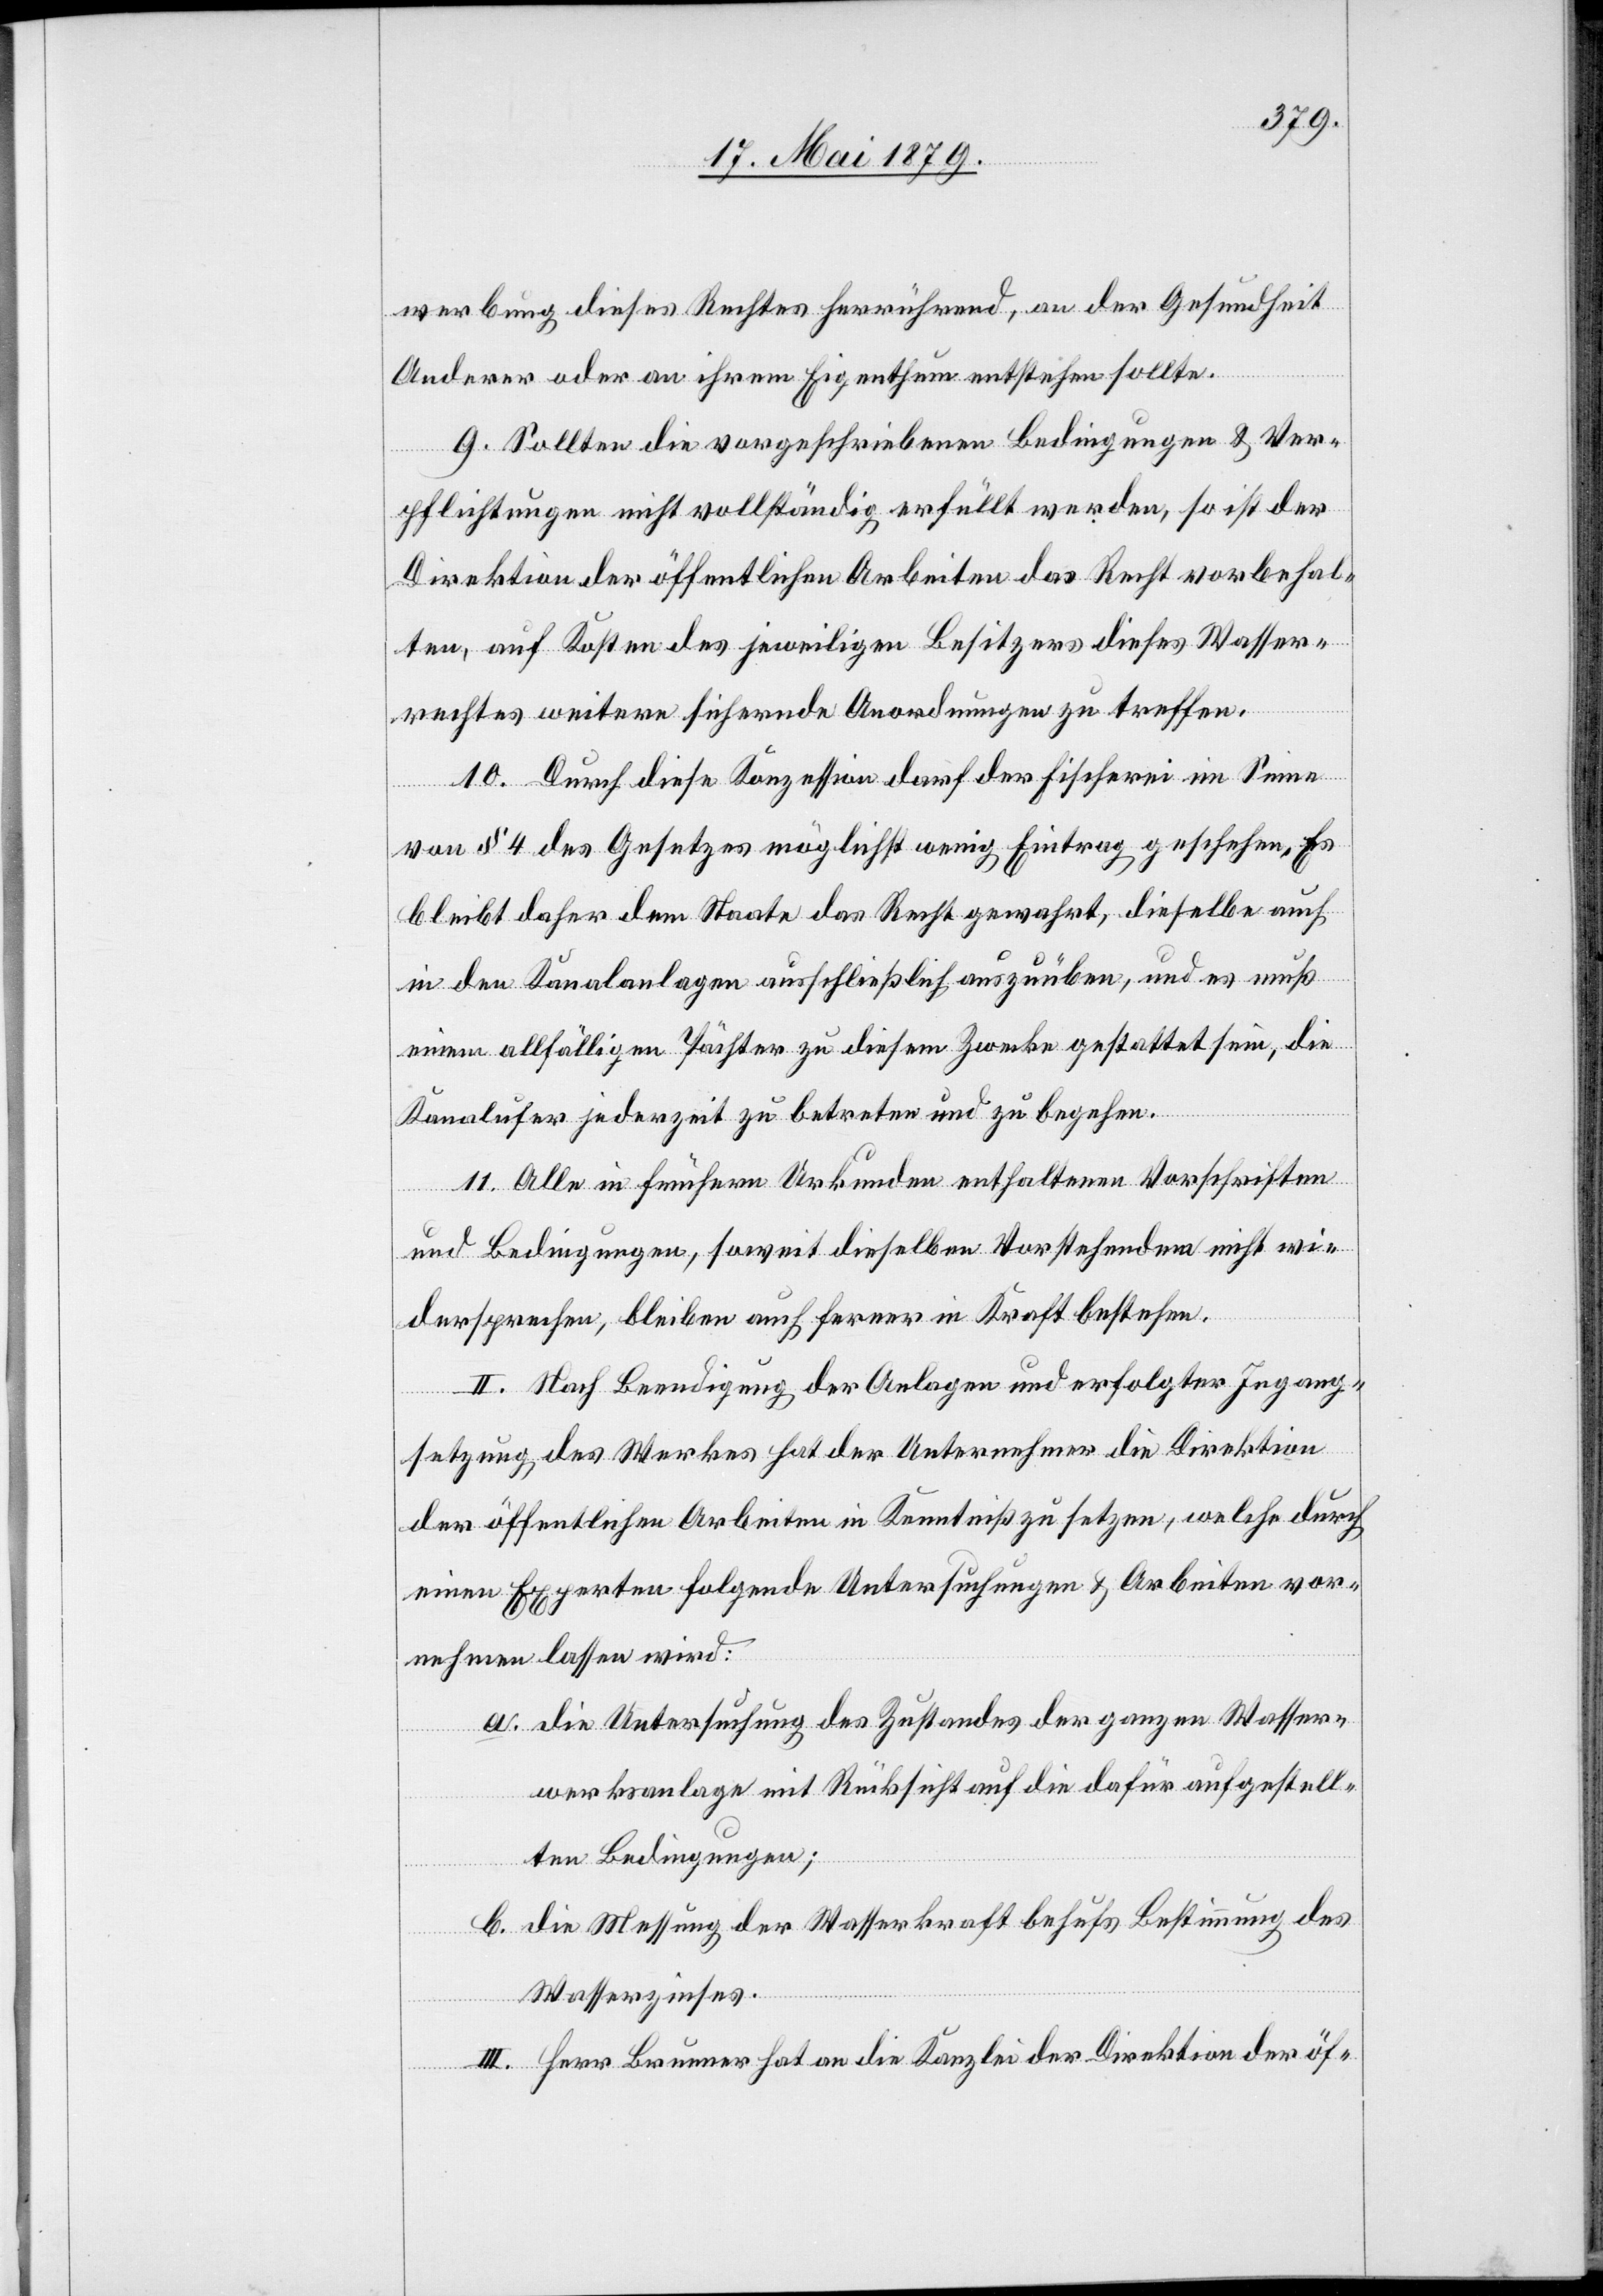
werbung dieses Rechtes herrührend, an der Gesundheit
Anderer oder an ihrem Eigenthum entstehen sollte.
9. Sollten die vorgeschriebenen Bedingungen & Ver¬
pflichtungen nicht vollständig erfüllt werden, so ist der
Direktion der öffentlichen Arbeiten das Recht vorbehal¬
ten, auf Kosten des jeweiligen Besitzers dieses Wasser¬
rechtes weitere sichernde Anordnungen zu treffen.
10. Durch diese Konzession darf der Fischerei im Sinne
von § 4 des Gesetzes möglichst wenig Eintrag geschehen, es
bleibt daher dem Staate das Recht gewahrt, dieselbe auch
in den Kanalanlagen ausschließlich auszuüben, und es muß
einem allfälligen Pächter zu diesem Zwecke gestattet sein, die
Kanalufer jederzeit zu betreten und zu begehen.
11. Alle in frühern Urkunden enthaltenen Vorschriften
und Bedingungen, soweit dieselben Vorstehendem nicht wi¬
dersprechen, bleiben auch ferner in Kraft bestehen.
II. Nach Beendigung der Anlagen und erfolgter Ingang¬
setzung des Werkes hat der Unternehmer die Direktion
der öffentlichen Arbeiten in Kenntniß zu setzen, welche durch
einen Experten folgende Untersuchungen & Arbeiten vor¬
nehmen lassen wird:
a. die Untersuchung des Zustandes der ganzen Wasser¬
werksanlage mit Rücksicht auf die dafür aufgestell¬
ten Bedingungen;
b. die Messung der Wasserkraft behufs Bestimmung des
Wasserzinses.
III. Herr Brunner hat an die Kanzlei der Direktion der öf-